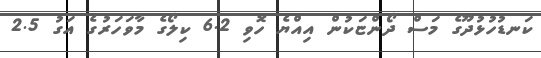
ކަނޑުހުޅުދޫގެ މަސް ދޯންޏަކުން އިއްޔެ ހޮވި 6.2 ކިލޯގެ މާވަހަރުގެ އަގު 2.5